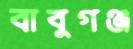
বাবুগঞ্জ